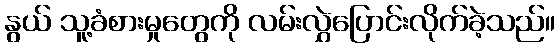
နွယ် သူ့ခံစားမှုတွေကို လမ်းလွှဲပြောင်းလိုက်ခဲ့သည်။